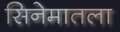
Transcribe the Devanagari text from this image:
सिनेमातला